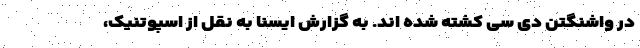
در واشنگتن دی سی کشته شده اند. به گزارش ایسنا به نقل از اسپوتنیک،